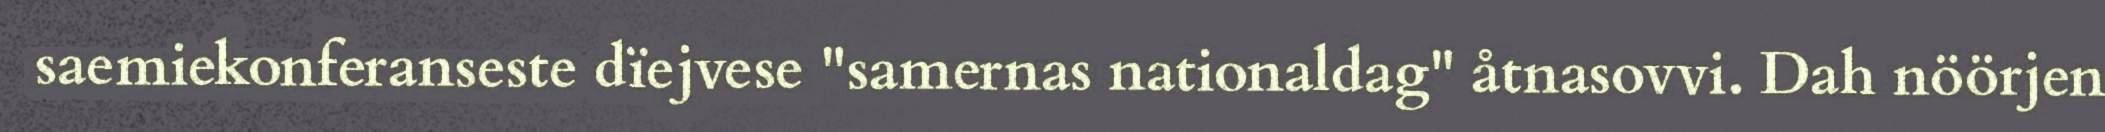
saemiekonferanseste dïejvese "samernas nationaldag" åtnasovvi. Dah nöörjen